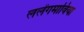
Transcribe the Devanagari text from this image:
ललेंगमाविया